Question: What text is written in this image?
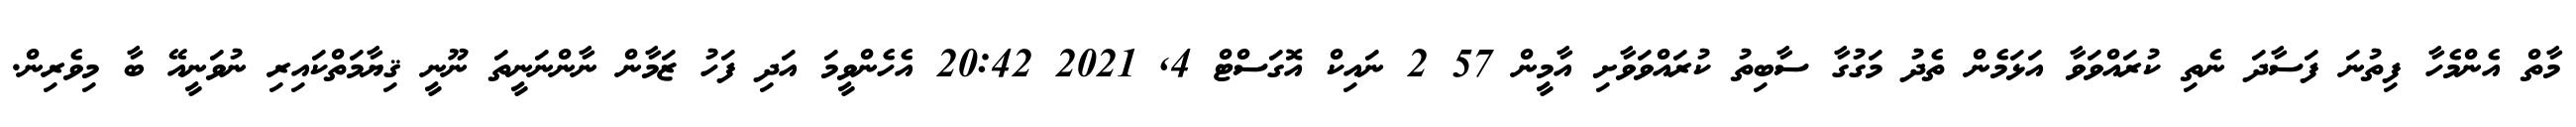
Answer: މާތް އެންމެހާ ފިތުނަ ފަސާދަ ނެތި ކުރައްވަވާ އަޅަމެން ތެދު މަގުގާ ސާބިތު ކުރައްވަވާށި އާމީން 57 2 ނައިކް އޮގަސްޓް 4, 2021 20:42 އެހެންވީމަ އަދި ފަހު ޒަމާން ނާންނަނީތަ ނޫނީ ޤިޔާމަތްކައިރި ނުވަނީއޭ ބާ މިވެރިން.